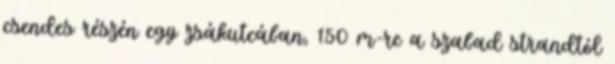
csendes részén egy zsákutcában, 150 m-re a szabad strandtól